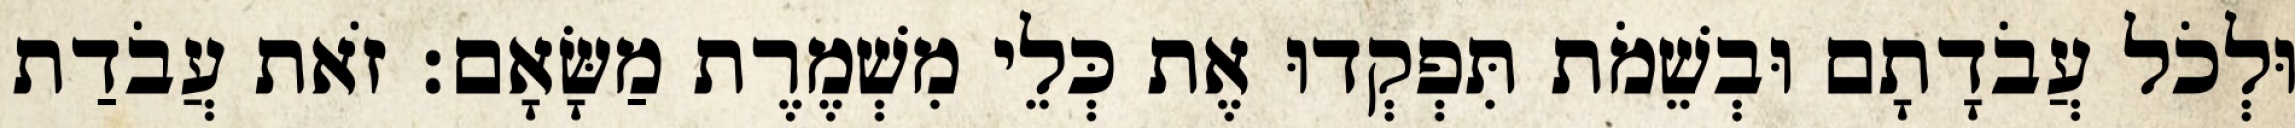
וּלְכֹל עֲבֹדָתָם וּבְשֵׁמֹת תִּפְקְדוּ אֶת כְּלֵי מִשְׁמֶרֶת מַשָּׂאָם׃ זֹאת עֲבֹדַת